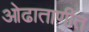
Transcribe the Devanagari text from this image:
ओढाताणीत